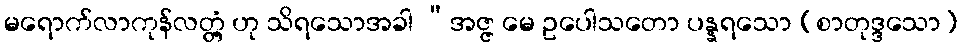
မရောက်လာကုန်လတ္တံ့ ဟု သိရသောအခါ “အဇ္ဇ မေ ဥပေါသတော ပန္နရသော (စာတုဒ္ဒသော)